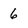
Character: 6